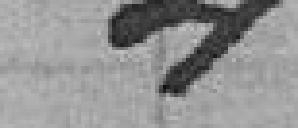
4